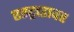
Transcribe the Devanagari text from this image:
एस्ट्राडावर